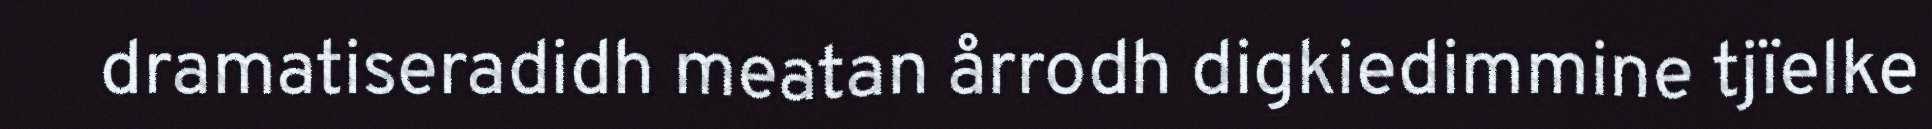
dramatiseradidh meatan årrodh digkiedimmine tjïelke